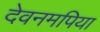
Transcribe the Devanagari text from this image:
देवनमपिया